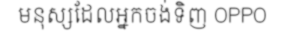
មនុស្សដែលអ្នកចង់ទិញ OPPO